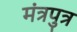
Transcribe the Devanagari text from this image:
मंत्रपुत्र